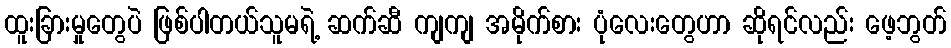
ထူးခြားမှုတွေပဲ ဖြစ်ပါတယ်သူမရဲ့ ဆက်ဆီ ကျကျ အမိုက်စား ပုံလေးတွေဟာ ဆိုရင်လည်း ဖေ့ဘွတ်